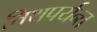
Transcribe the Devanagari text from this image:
तिथपर्यन्त